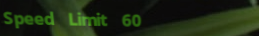
Speed Limit 60